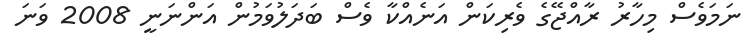
ނަމަވެސް މިހާރު ރާއްޖޭގެ ވެރިކަން އަނެއްކާ ވެސް ބަދަލުވަމުން އަންނަނީ 2008 ވަނަ